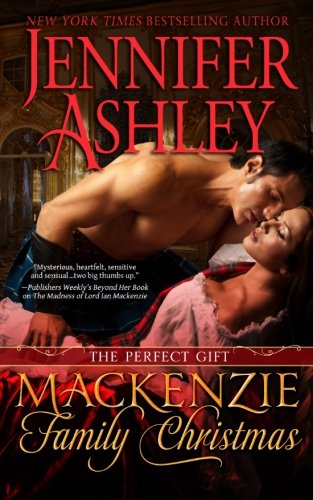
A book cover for A Mackenzie Family Christmas: The Perfect Gift (Highland Pleasures); Jennifer Ashley; Romance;